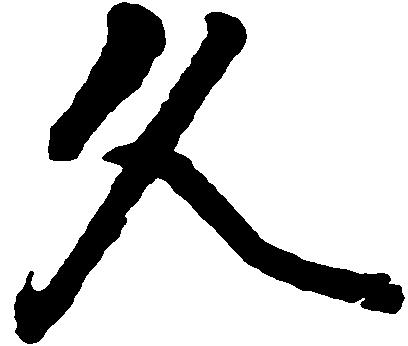
久